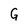
Character: G